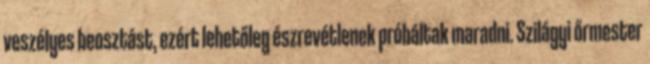
veszélyes beosztást, ezért lehetőleg észrevétlenek próbáltak maradni. Szilágyi őrmester